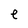
Character: e